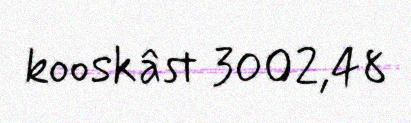
kooskâst 3002,48